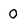
Character: O